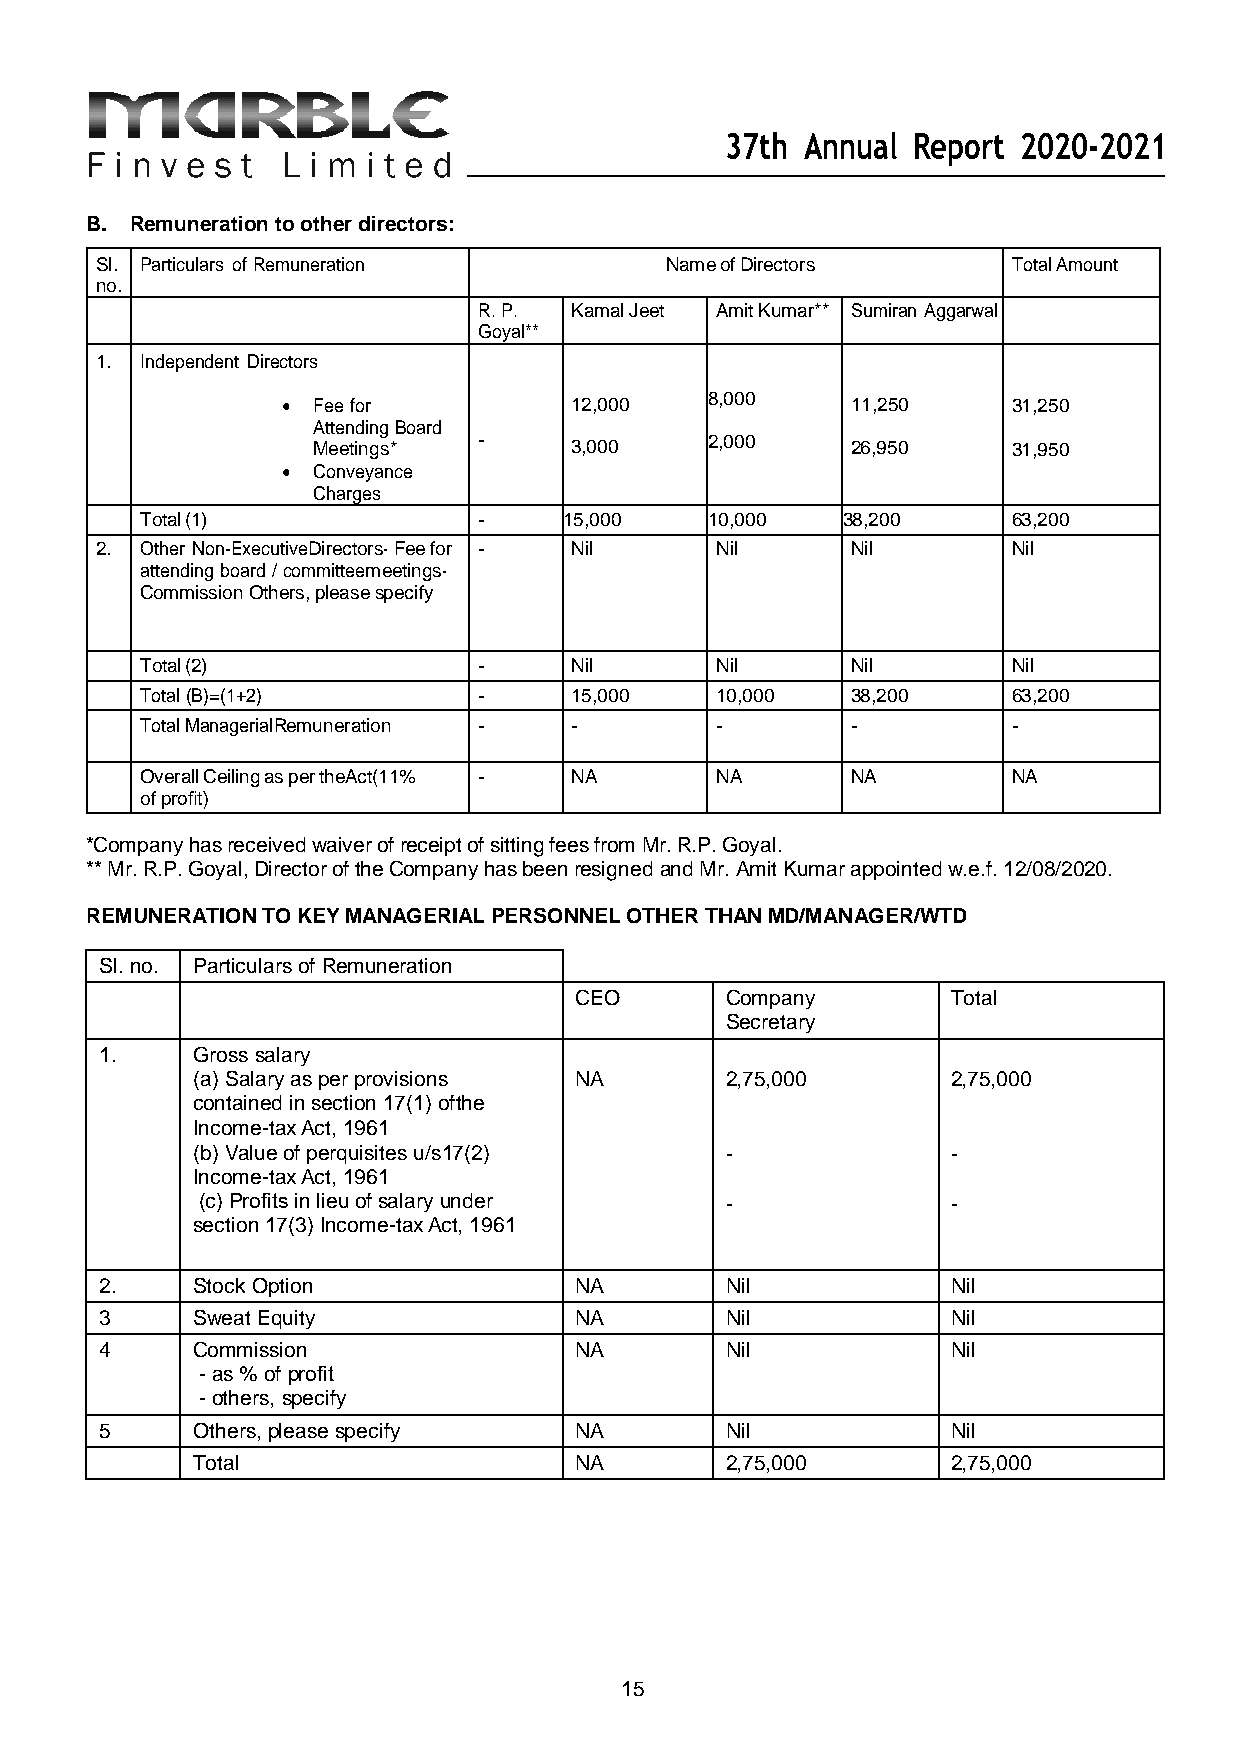
37th Annual Report 2020-2021
 B. Remuneration to other directors:
 Sl. Particulars of Remuneration       Name of Directors      Total Amount
 no.
 R. P. Kamal Jeet Amit Kumar** Sumiran Aggarwal
 Goyal**
 1. Independent Directors
  Fee for          12,000   8,000    11,250     31,250
 Attending Board
 Meetings*  -     3,000    2,000    26,950     31,950
  Conveyance
 Charges
 Total (1)              -    15,000    10,000   38,200     63,200
 2. Other Non-Executive Directors· Fee for - Nil Nil Nil      Nil
 attending board / committee meetings·
 Commission Others, please specify
 Total (2)              -     Nil      Nil      Nil        Nil
 Total (B)=(1+2)        -     15,000   10,000   38,200     63,200
 Total Managerial Remuneration - -     -        -          -
 Overall Ceiling as per the Act(11% - NA NA     NA         NA
 of profit)
 *Company has received waiver of receipt of sitting fees from Mr. R.P. Goyal.
 ** Mr. R.P. Goyal, Director of the Company has been resigned and Mr. Amit Kumar appointed w.e.f. 12/08/2020.
 REMUNERATION TO KEY MANAGERIAL PERSONNEL OTHER THAN MD/MANAGER/WTD
 Sl. no. Particulars of Remuneration
 CEO       Company        Total
 Secretary
 1.    Gross salary
 (a) Salary as per provisions NA    2,75,000       2,75,000
 contained in section 17(1) of the
 Income-tax Act, 1961
 (b) Value of perquisites u/s 17(2) -              -
 Income-tax Act, 1961
 (c) Profits in lieu of salary under -             -
 section 17(3) Income- tax Act, 1961
 2.    Stock Option             NA        Nil            Nil
 3     Sweat Equity             NA        Nil            Nil
 4     Commission               NA        Nil            Nil
 - as % of profit
 - others, specify
 5     Others, please specify   NA        Nil            Nil
 Total                    NA        2,75,000       2,75,000
 15